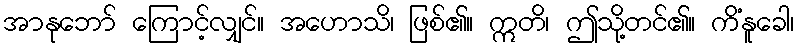
အာနုဘော် ကြောင့်လျှင်။ အဟောသိ၊ ဖြစ်၏။ ဣတိ၊ ဤသို့တင်၏။ ကိံနူခေါ၊